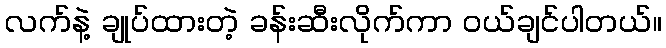
လက်နဲ့ ချုပ်ထားတဲ့ ခန်းဆီးလိုက်ကာ ဝယ်ချင်ပါတယ်။